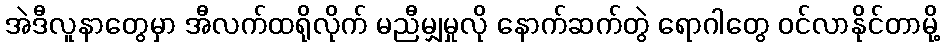
အဲဒီလူနာတွေမှာ အီလက်ထရိုလိုက် မညီမျှမှုလို နောက်ဆက်တွဲ ရောဂါတွေ ဝင်လာနိုင်တာမို့